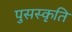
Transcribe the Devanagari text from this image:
पुसस्कृति